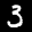
Label: 3